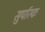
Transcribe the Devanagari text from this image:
सुर्पारक